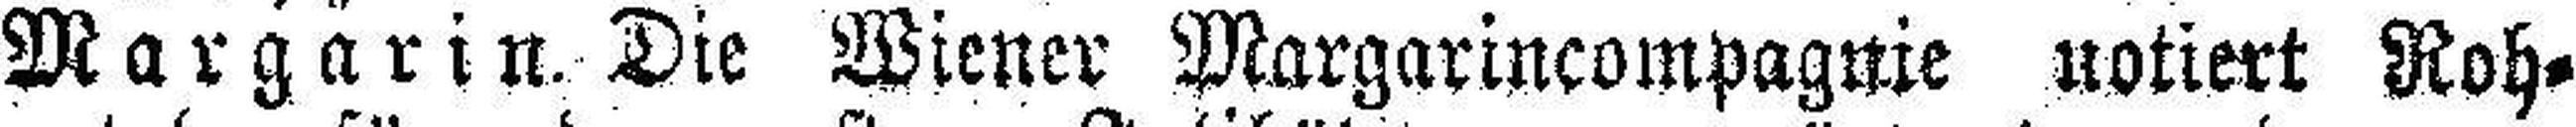
Wargarin. Die Wiener Margarincompagnie notiert Roh¬